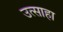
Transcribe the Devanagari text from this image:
उत्साहा